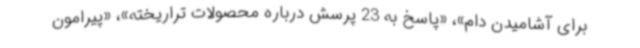
برای آشامیدن دام»، «پاسخ به 23 پرسش درباره محصولات تراریخته»، «پیرامون